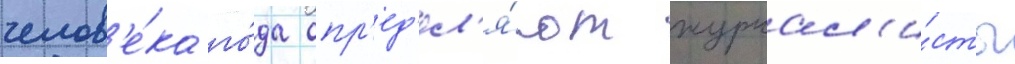
челов'е́ка го́да опр'ед'ел'я́ют журнал'и́сты